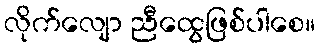
လိုက်လျော ညီထွေဖြစ်ပါစေ။